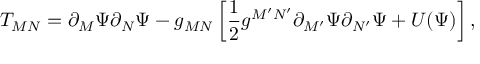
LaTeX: T _ { M N } = \partial _ { M } \Psi \partial _ { N } \Psi - g _ { M N } \left[ \frac { 1 } { 2 } g ^ { M ^ { \prime } N ^ { \prime } } \partial _ { M ^ { \prime } } \Psi \partial _ { N ^ { \prime } } \Psi + U ( \Psi ) \right] ,